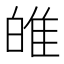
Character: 𤽼